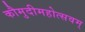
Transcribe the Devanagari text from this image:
कौमुदीमहोत्सवम्